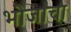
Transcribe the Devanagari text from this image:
भोजाचा